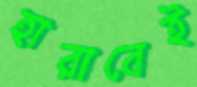
হারাবেই